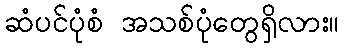
ဆံပင်ပုံစံ အသစ်ပုံတွေရှိလား။